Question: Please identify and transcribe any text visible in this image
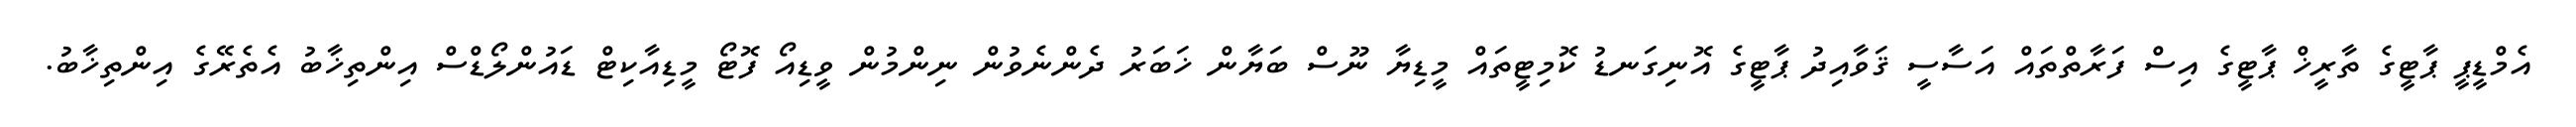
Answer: އެމްޑީޕީ ޕާޓީގެ ތާރީޚް ޕާޓީގެ އިސް ފަރާތްތައް އަސާސީ ޤަވާއިދު ޕާޓީގެ އޮނިގަނޑު ކޮމިޓީތައް މީޑިޔާ ނޫސް ބަޔާން ޚަބަރު ދެންނެވުން ނިންމުން ވީޑިއޯ ފޮޓޯ މީޑިއާކިޓް ޑައުންލޯޑްސް އިންތިޚާބު އެތެރޭގެ އިންތިޚާބު.